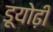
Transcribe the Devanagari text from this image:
डूयोढ़ी